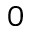
0